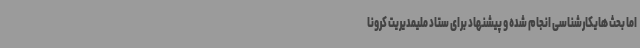
اما بحث هایکارشناسی انجام شده و پیشنهاد برای ستاد ملیمدیریت کرونا